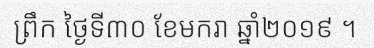
ព្រឹក ថ្ងៃទី៣០ ខែមករា ឆ្នាំ២០១៩ ។